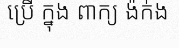
ប្រើ ក្នុង ពាក្យ ង៉ក់ង